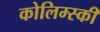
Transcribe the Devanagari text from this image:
कोलिम्स्की